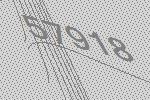
57918